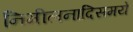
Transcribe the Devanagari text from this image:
निमीलनादिसमये